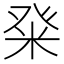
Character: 𭽀